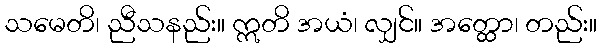
သမေတိ၊ ညီသနည်း။ ဣတိ အယံ၊ လျှင်။ အတ္ထော၊ တည်း။